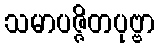
သမာပဇ္ဇိတပုဗ္ဗာ